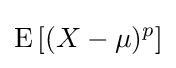
\operatorname {E} \left[(X-\mu )^{p}\right]